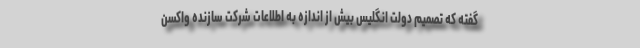
گفته که تصمیم دولت انگلیس بیش از اندازه به اطلاعات شرکت سازنده واکسن